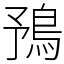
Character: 𩿗